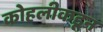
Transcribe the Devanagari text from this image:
कोहलीकडून